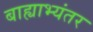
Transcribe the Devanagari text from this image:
बाह्याभ्यंतर